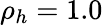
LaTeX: {\rho_{h}}=1.0